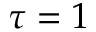
\tau = 1